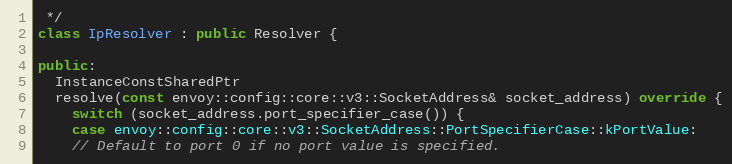
Language: C++
 */
class IpResolver : public Resolver {

public:
  InstanceConstSharedPtr
  resolve(const envoy::config::core::v3::SocketAddress& socket_address) override {
    switch (socket_address.port_specifier_case()) {
    case envoy::config::core::v3::SocketAddress::PortSpecifierCase::kPortValue:
    // Default to port 0 if no port value is specified.